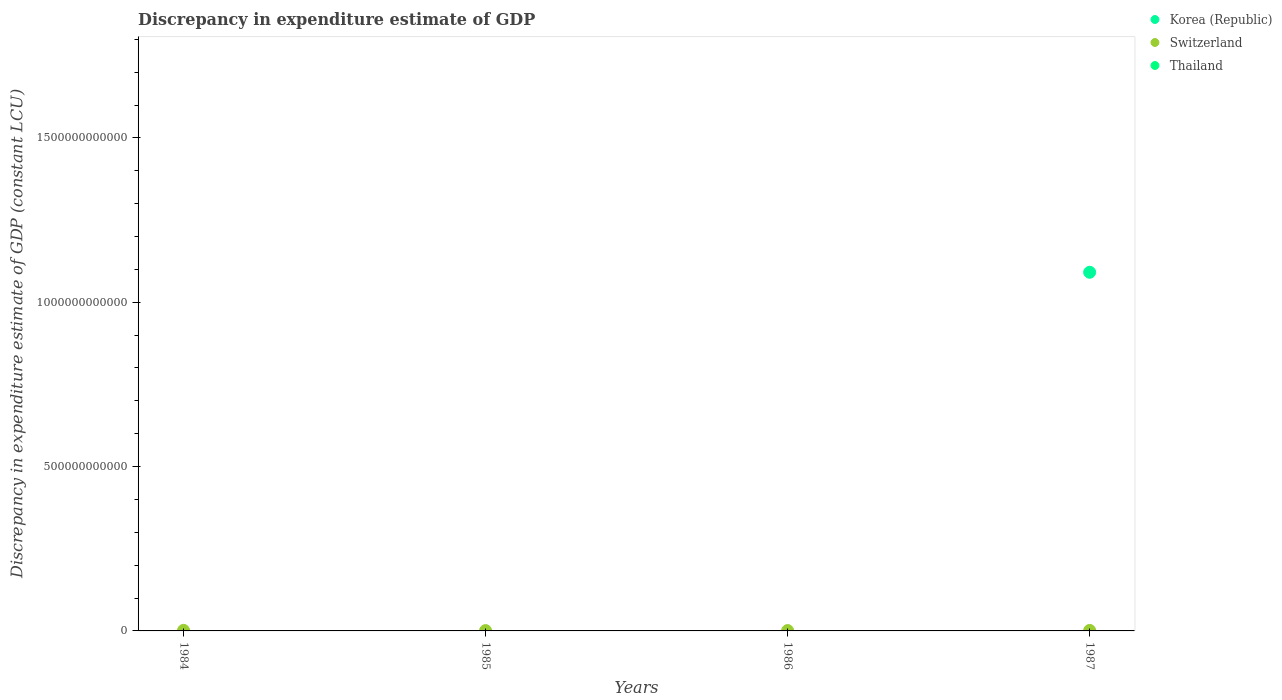
| Years | Korea (Republic) | Switzerland | Thailand |
 | --- | --- | --- | --- |
 | 1984 | -1.33e+13 | 1.72e+09 | -1.27e+11 |
 | 1985 | -1.19e+13 | 1e+09 | -1.67e+11 |
 | 1986 | -5.21e+12 | 1.13e+09 | -1.43e+11 |
 | 1987 | 1.09e+12 | 1.51e+09 | -1.19e+11 |